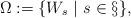
LaTeX: \begin{align*} \Omega := \{ W_s ~|~ s \in \S \},\end{align*}